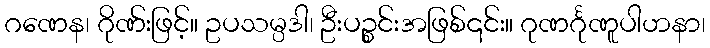
ဂဏေန၊ ဂိုဏ်းဖြင့်။ ဥပသမ္ပဒါ၊ ဦးပဉ္စင်းအဖြစ်၎င်း။ ဂုဏင်္ဂုဏူပါဟနာ၊